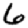
Digit: 6